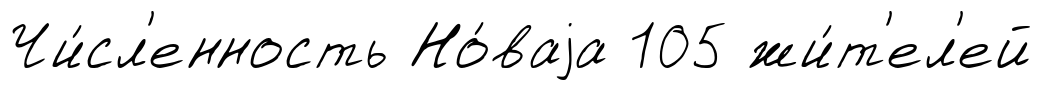
Чи́сл'енность Но́ваjа 105 жи́т'ел'ей